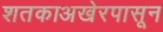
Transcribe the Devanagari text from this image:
शतकाअखेरपासून